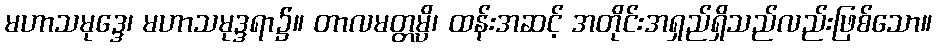
မဟာသမုဒ္ဒေ၊ မဟာသမုဒ္ဒရာ၌။ တာလမတ္တမ္ပိ၊ ထန်းအဆင့် အတိုင်းအရှည်ရှိသည်လည်းဖြစ်သော။